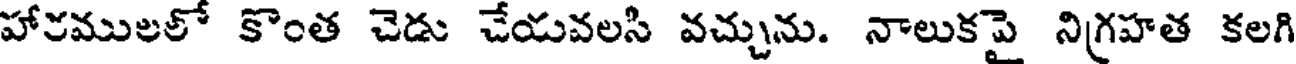
హారములలో కొంత చెడు చేయవలసి వచ్చును. నాలుకపై నిగ్రహత కలగి